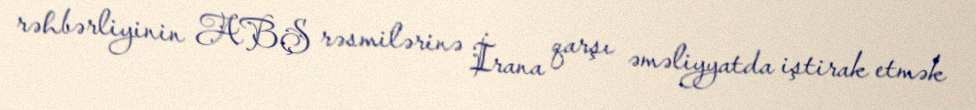
rəhbərliyinin ABŞ rəsmilərinə İrana qarşı əməliyyatda iştirak etmək